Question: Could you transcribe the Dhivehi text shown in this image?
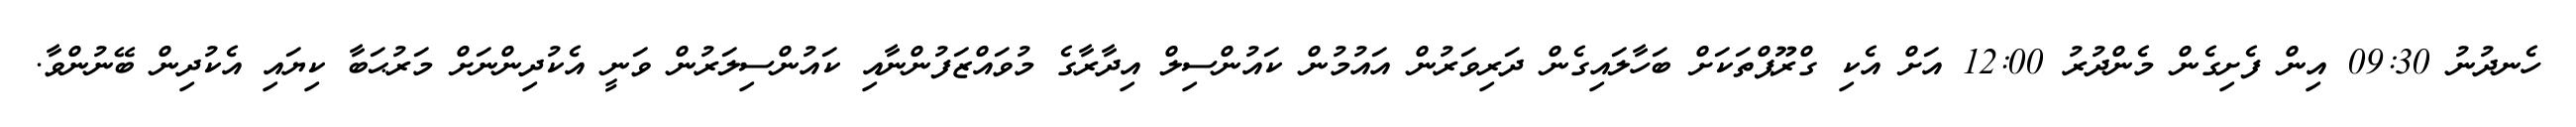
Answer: ހެނދުނު 09:30 އިން ފެށިގެން މެންދުރު 12:00 އަށް އެކި ގްރޫޕްތަކަށް ބަހާލައިގެން ދަރިވަރުން އައުމުން ކައުންސިލް އިދާރާގެ މުވައްޒަފުންނާއި ކައުންސިލަރުން ވަނީ އެކުދިންނަށް މަރުޙަބާ ކިޔައި އެކުދިން ބޭނުންވާ.